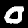
Label: 0